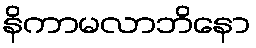
နိကာမလာဘိနော